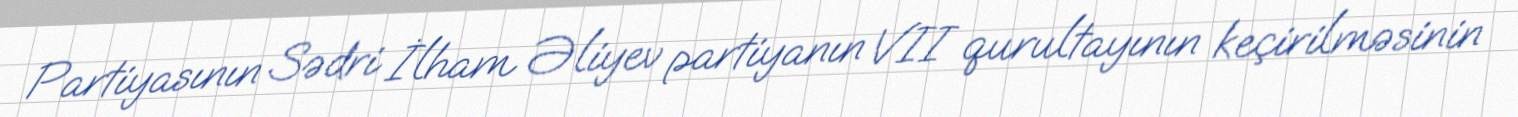
Partiyasının Sədri İlham Əliyev partiyanın VII qurultayının keçirilməsinin